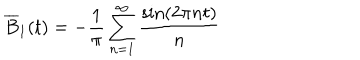
LaTeX: \overline { { { B } } } _ { 1 } ( t ) = - \frac { 1 } { \pi } \sum _ { n = 1 } ^ { \infty } \frac { \sin ( 2 \pi n t ) } { n }